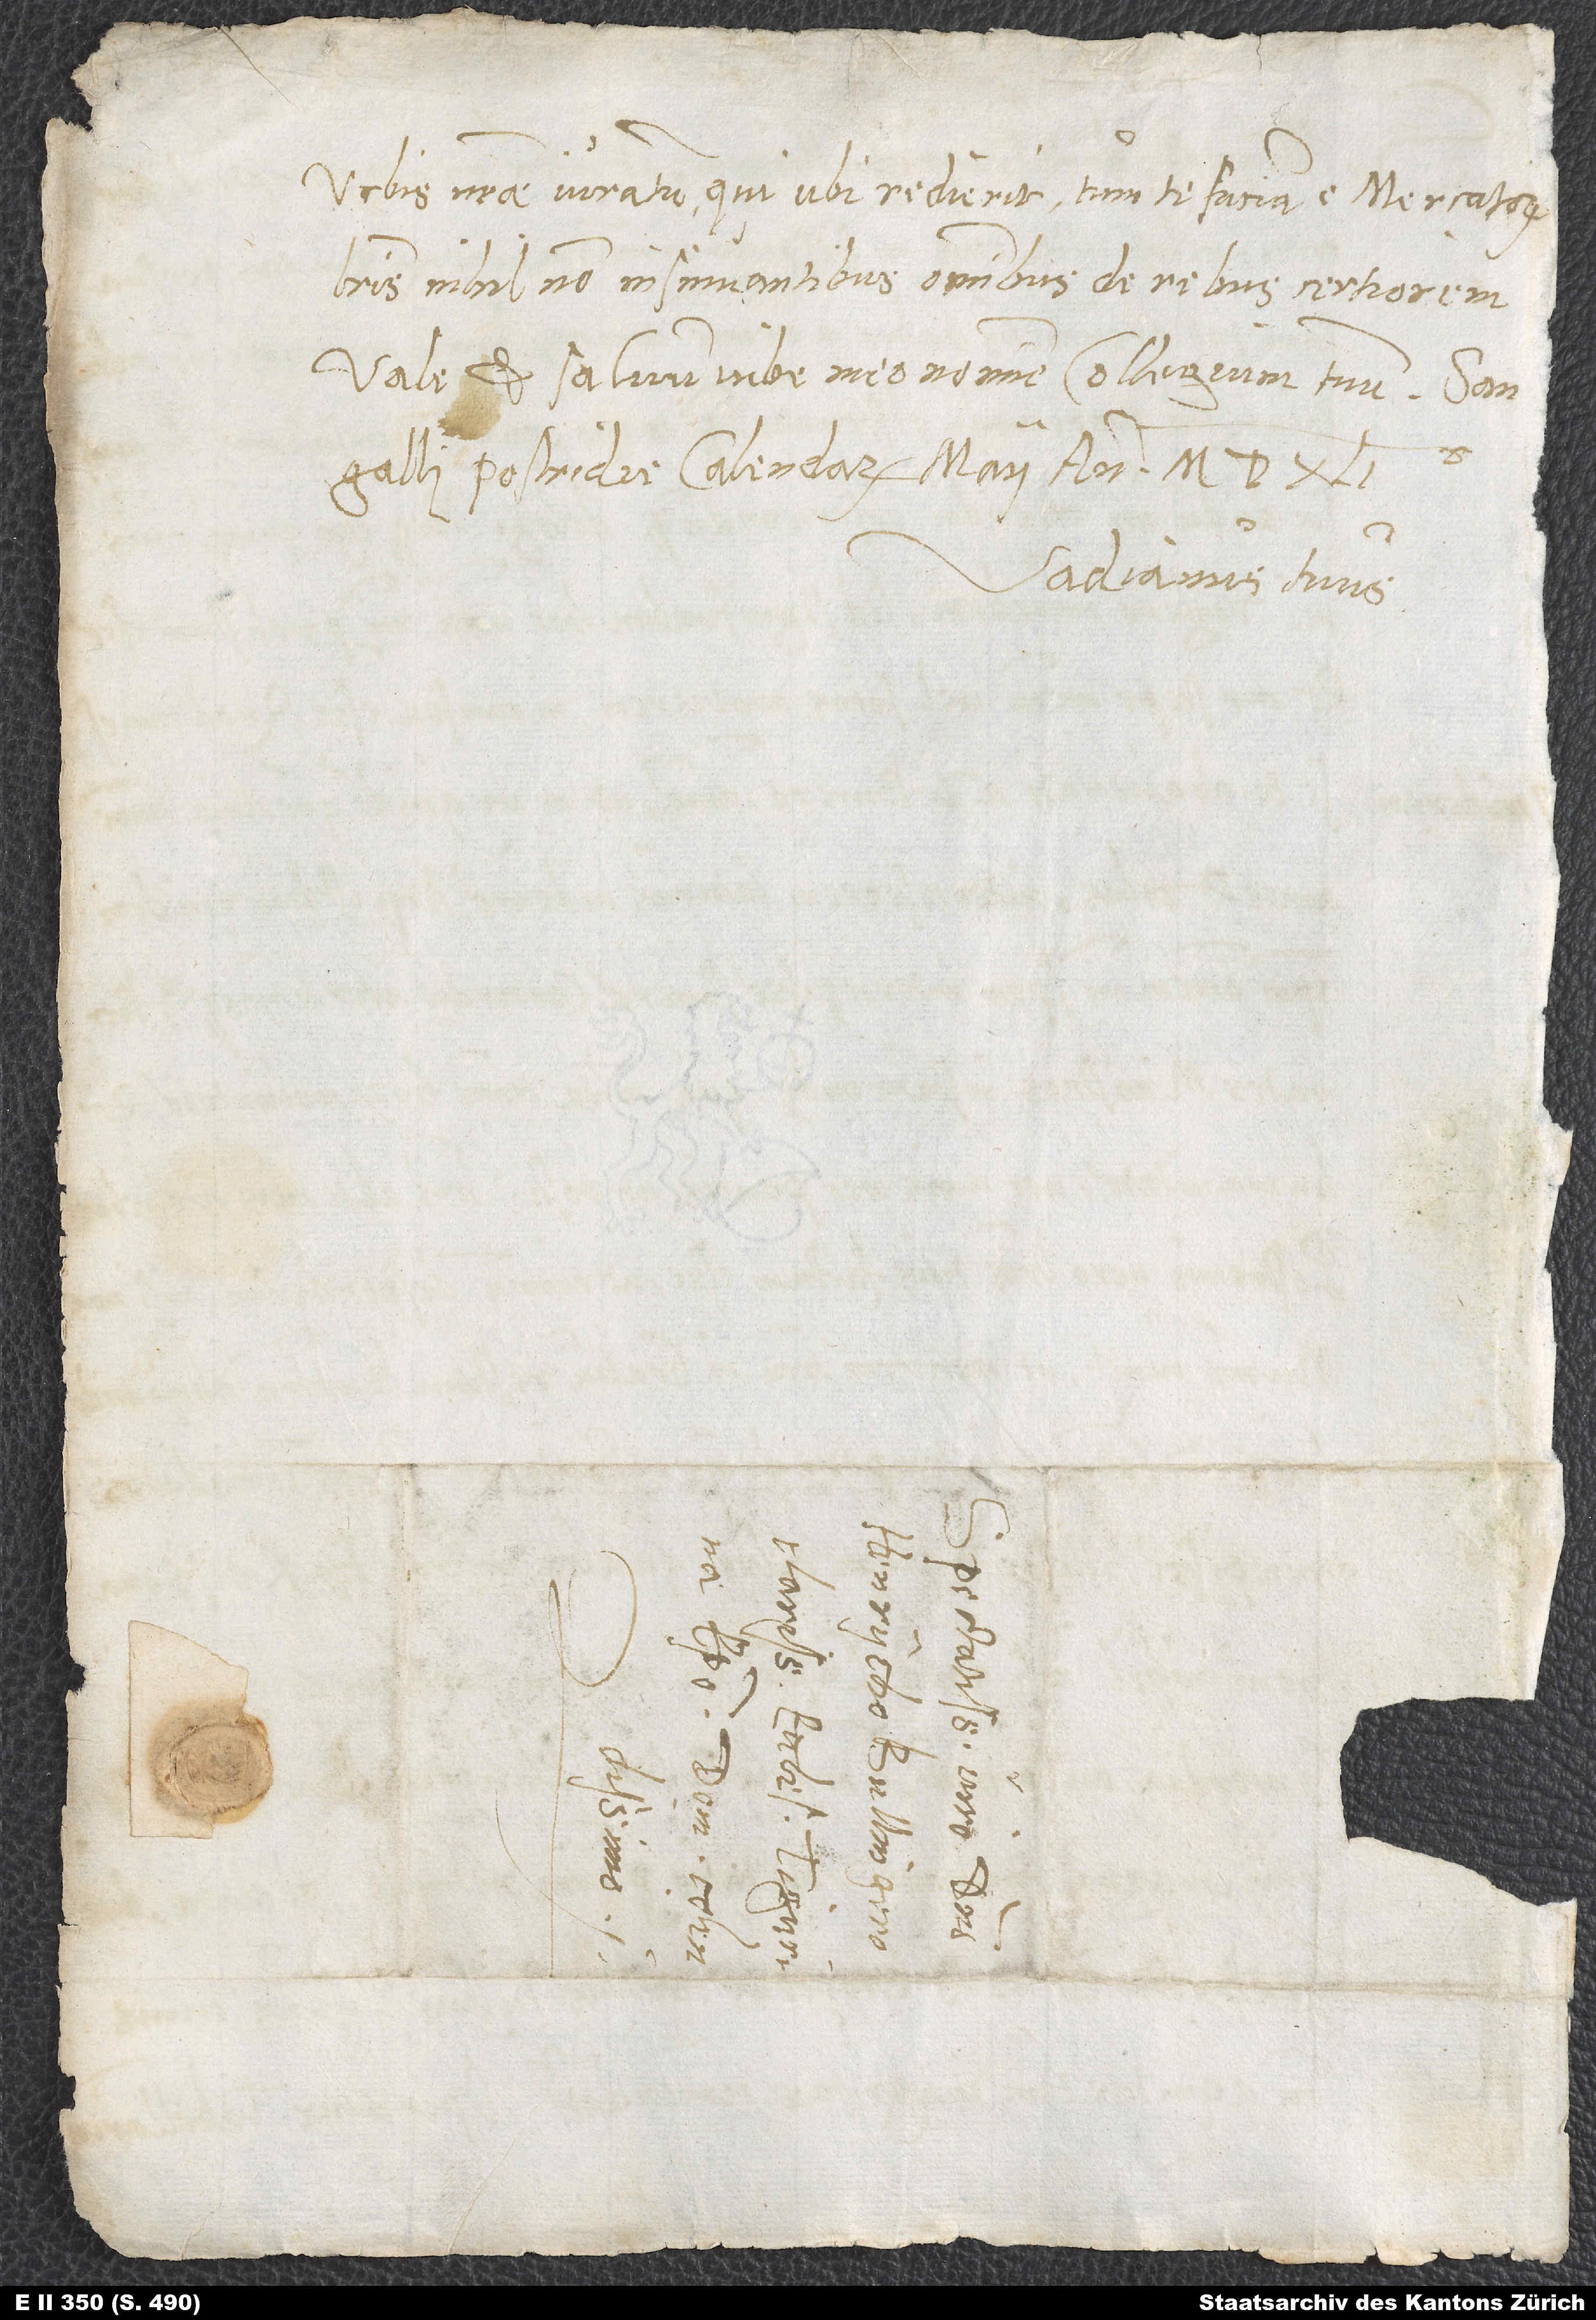
urbis nostrae iuratum; qui ubi redierit, tum te faciam e mercatorum
literis nihil non insinuantibus omnibus de rebus certiorem.
Vale et salvum iube meo nomine collegium tuum. Sangalli,
postridie Kalendarum Maii, anno
Vadianus tuus.
S.